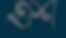
ওশ